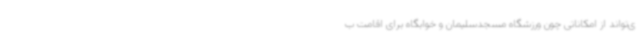
ی‌تواند از امکاناتی چون ورزشگاه مسجدسلیمان و خوابگاه برای اقامت ب